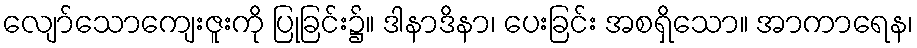
လျော်သောကျေးဇူးကို ပြုခြင်း၌။ ဒါနာဒိနာ၊ ပေးခြင်း အစရှိသော။ အာကာရေန၊